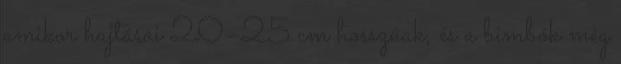
amikor hajtásai 20–25 cm hosszúak, és a bimbók még